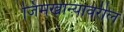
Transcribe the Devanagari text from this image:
जिमखान्यावरील